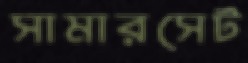
সামারসেট